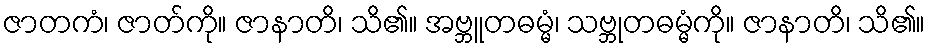
ဇာတကံ၊ ဇာတ်ကို။ ဇာနာတိ၊ သိ၏။ အဗ္ဘူတဓမ္မံ၊ သဗ္ဘုတဓမ္မံကို။ ဇာနာတိ၊ သိ၏။